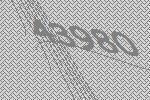
43980